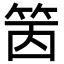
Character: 䇧